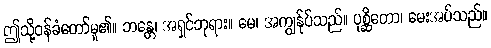
ဤသို့ဝန်ခံတော်မူ၏။ ဘန္တေ၊ အရှင်ဘုရား။ မေ၊ အကျွန်ုပ်သည်။ ပုစ္ဆိတော၊ မေးအပ်သည်။